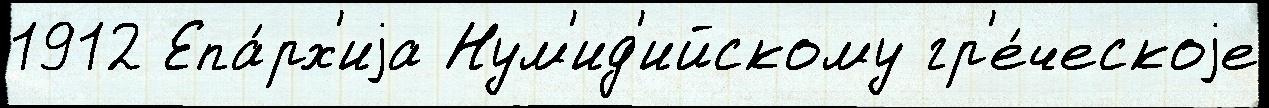
1912 Епа́рх'иjа Нум'ид'ийскому гр'е́ческоjе